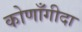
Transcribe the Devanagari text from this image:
कोणाँगीदा